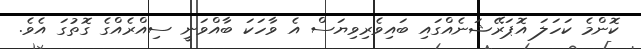
ކޮންމެ ކަހަލަ އޮޕަރޭޝަނެއްގައި ބައިވެރިވިޔަސް އެ ވާހަކަ ބާއްވަނީ ސިއްރެއްގެ ގޮތުގަ އެވެ.